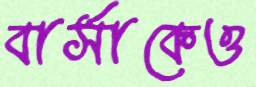
বার্সাকেও